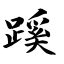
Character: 蹊